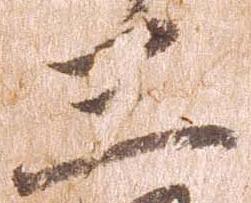
三